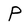
Character: P